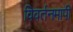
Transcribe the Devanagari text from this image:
विवर्तनमापी